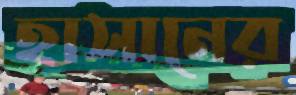
হাসানের